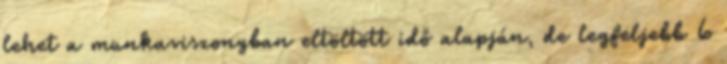
lehet a munkaviszonyban eltöltött idő alapján, de legfeljebb 6